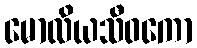
မောလိယသီဝကော